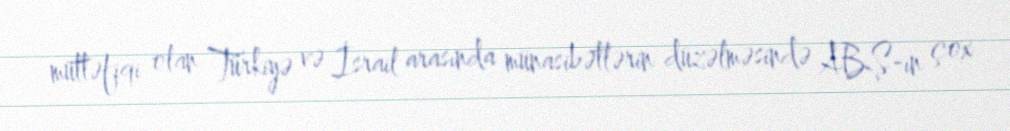
müttəfiqi olan Türkiyə və İsrail arasında münasibətlərin düzəlməsində ABŞ-ın çox